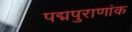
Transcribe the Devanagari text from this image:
पद्मपुराणांक